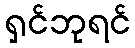
ရှင်ဘုရင်